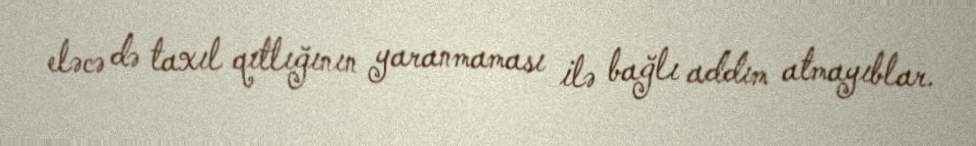
eləcə də taxıl qıtlığının yaranmaması ilə bağlı addım atmayıblar.